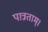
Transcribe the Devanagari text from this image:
पात्रताम्।